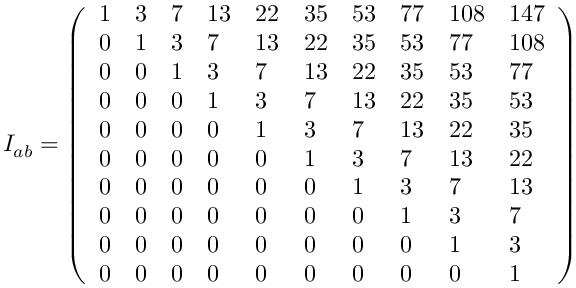
I _ { a b } = \left( \begin{array} { l l l l l l l l l l } { { 1 } } & { { 3 } } & { { 7 } } & { { 1 3 } } & { { 2 2 } } & { { 3 5 } } & { { 5 3 } } & { { 7 7 } } & { { 1 0 8 } } & { { 1 4 7 } } \\ { { 0 } } & { { 1 } } & { { 3 } } & { { 7 } } & { { 1 3 } } & { { 2 2 } } & { { 3 5 } } & { { 5 3 } } & { { 7 7 } } & { { 1 0 8 } } \\ { { 0 } } & { { 0 } } & { { 1 } } & { { 3 } } & { { 7 } } & { { 1 3 } } & { { 2 2 } } & { { 3 5 } } & { { 5 3 } } & { { 7 7 } } \\ { { 0 } } & { { 0 } } & { { 0 } } & { { 1 } } & { { 3 } } & { { 7 } } & { { 1 3 } } & { { 2 2 } } & { { 3 5 } } & { { 5 3 } } \\ { { 0 } } & { { 0 } } & { { 0 } } & { { 0 } } & { { 1 } } & { { 3 } } & { { 7 } } & { { 1 3 } } & { { 2 2 } } & { { 3 5 } } \\ { { 0 } } & { { 0 } } & { { 0 } } & { { 0 } } & { { 0 } } & { { 1 } } & { { 3 } } & { { 7 } } & { { 1 3 } } & { { 2 2 } } \\ { { 0 } } & { { 0 } } & { { 0 } } & { { 0 } } & { { 0 } } & { { 0 } } & { { 1 } } & { { 3 } } & { { 7 } } & { { 1 3 } } \\ { { 0 } } & { { 0 } } & { { 0 } } & { { 0 } } & { { 0 } } & { { 0 } } & { { 0 } } & { { 1 } } & { { 3 } } & { { 7 } } \\ { { 0 } } & { { 0 } } & { { 0 } } & { { 0 } } & { { 0 } } & { { 0 } } & { { 0 } } & { { 0 } } & { { 1 } } & { { 3 } } \\ { { 0 } } & { { 0 } } & { { 0 } } & { { 0 } } & { { 0 } } & { { 0 } } & { { 0 } } & { { 0 } } & { { 0 } } & { { 1 } } \end{array} \right)